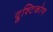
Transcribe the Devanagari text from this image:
द्रुश्टिकोण